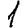
Digit: 1